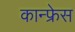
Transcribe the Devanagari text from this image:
कान्फ्रेस